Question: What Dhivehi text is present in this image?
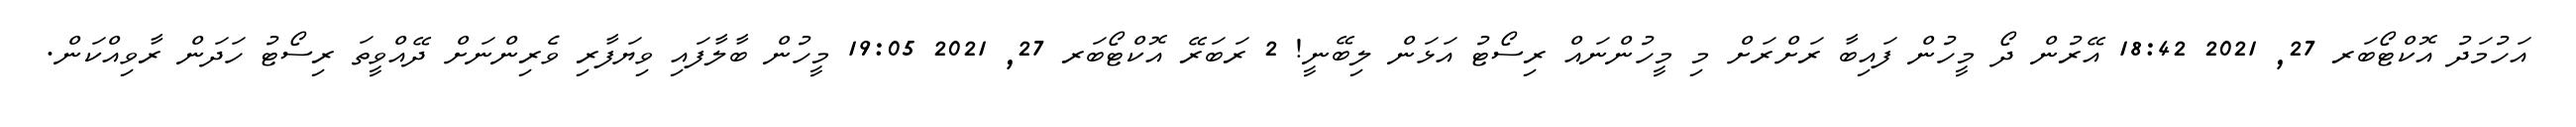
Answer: އަހުމަދު އޮކްޓޯބަރ 27, 2021 18:42 އޭރުން ދޯ މީހުން ފައިބާ ރަށްރަށް މި މީހުންނައް ރިސޯޓު އަޅަން ލިބޭނީ! 2 ރަބަރޭ އޮކްޓޯބަރ 27, 2021 19:05 މީހުން ބާލާފައި ވިޔަފާރި ވެރިންނަށް ދޭއްވީތަ ރިސޯޓު ހަދަން ރާވިއްކަން.